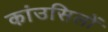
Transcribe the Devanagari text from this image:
कांउसिलों